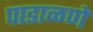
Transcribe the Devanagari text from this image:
पाडाळणे